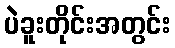
ပဲခူးတိုင်းအတွင်း